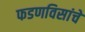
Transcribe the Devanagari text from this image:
फडणविसांचे